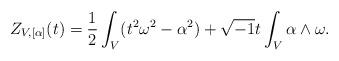
LaTeX: \begin{align*}Z_{V,[\alpha]}(t) = \frac{1}{2}\int_{V}(t^{2}\omega^{2}-\alpha^{2})+\sqrt{-1}t\int_{V}\alpha\wedge\omega.\end{align*}